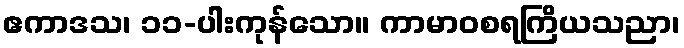
ဧကာဒသ၊ ၁၁-ပါးကုန်သော။ ကာမာဝစရကြိယသညာ၊